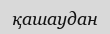
қашаудан